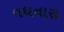
વધનારા